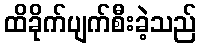
ထိခိုက်ပျက်စီးခဲ့သည်